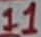
Text: 11